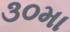
૩૦મા